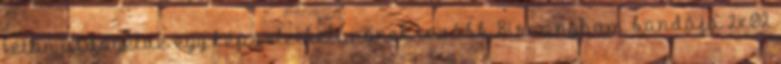
tetőn üldögélve egy képzeletbeli nőnek tovább Birmingham bandája 2x02